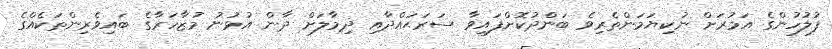
ފުލުހުންގެ އަމުރަށް ނުކިޔަމަންތެރިވެ ބަންދުކޮށްފައިވާ ސަރަޙައްދާއި ދިމާލަށް ދާން އުޅުނު މުޒާހަރާގެ ބައިވެރިންތަކެއްގެ